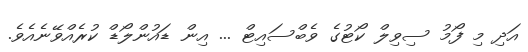
އަދި މި ފޯމު ސިވިލް ކޯޓުގެ ވެބްސައިޓް ... އިން ޑައުންލޯޑް ކުރެއްވޭނެއެވެ.